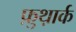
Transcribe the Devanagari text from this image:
फ़ुथ़ार्क